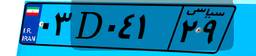
۱۵D۵۵۷۴۲